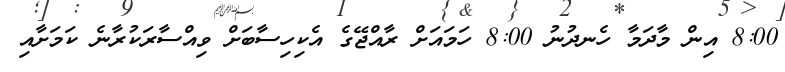
8:00 އިން މާދަމާ ހެނދުނު 8:00 ހަމައަށް ރާއްޖޭގެ އެކިހިސާބަށް ވިއްސާރަކުރާނެ ކަމަށާއި